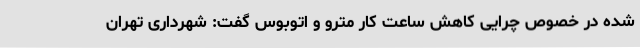
شده در خصوص چرایی کاهش ساعت کار مترو و اتوبوس گفت: شهرداری تهران